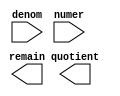
// megafunction wizard: %LPM_DIVIDE%VBB%
// GENERATION: STANDARD
// VERSION: WM1.0
// MODULE: LPM_DIVIDE 

// ============================================================
// Megafunction Name(s):
// 			LPM_DIVIDE
//
// Simulation Library Files(s):
// 			lpm
// ============================================================
// ************************************************************
// THIS IS A WIZARD-GENERATED FILE. DO NOT EDIT THIS FILE!
//
// 12.1 Build 177 11/07/2012 SJ Web Edition
// ************************************************************

//Copyright (C) 1991-2012 Altera Corporation
//Your use of Altera Corporation's design tools, logic functions 
//and other software and tools, and its AMPP partner logic 
//functions, and any output files from any of the foregoing 
//(including device programming or simulation files), and any 
//associated documentation or information are expressly subject 
//to the terms and conditions of the Altera Program License 
//Subscription Agreement, Altera MegaCore Function License 
//Agreement, or other applicable license agreement, including, 
//without limitation, that your use is for the sole purpose of 
//programming logic devices manufactured by Altera and sold by 
//Altera or its authorized distributors.  Please refer to the 
//applicable agreement for further details.

module div (
	denom,
	numer,
	quotient,
	remain);

	input	[15:0]  denom;
	input	[15:0]  numer;
	output	[15:0]  quotient;
	output	[15:0]  remain;

endmodule

// ============================================================
// CNX file retrieval info
// ============================================================
// Retrieval info: PRIVATE: INTENDED_DEVICE_FAMILY STRING "Cyclone II"
// Retrieval info: PRIVATE: PRIVATE_LPM_REMAINDERPOSITIVE STRING "TRUE"
// Retrieval info: PRIVATE: PRIVATE_MAXIMIZE_SPEED NUMERIC "-1"
// Retrieval info: PRIVATE: SYNTH_WRAPPER_GEN_POSTFIX STRING "0"
// Retrieval info: PRIVATE: USING_PIPELINE NUMERIC "0"
// Retrieval info: PRIVATE: VERSION_NUMBER NUMERIC "2"
// Retrieval info: PRIVATE: new_diagram STRING "1"
// Retrieval info: LIBRARY: lpm lpm.lpm_components.all
// Retrieval info: CONSTANT: LPM_DREPRESENTATION STRING "SIGNED"
// Retrieval info: CONSTANT: LPM_HINT STRING "LPM_REMAINDERPOSITIVE=TRUE"
// Retrieval info: CONSTANT: LPM_NREPRESENTATION STRING "SIGNED"
// Retrieval info: CONSTANT: LPM_TYPE STRING "LPM_DIVIDE"
// Retrieval info: CONSTANT: LPM_WIDTHD NUMERIC "16"
// Retrieval info: CONSTANT: LPM_WIDTHN NUMERIC "16"
// Retrieval info: USED_PORT: denom 0 0 16 0 INPUT NODEFVAL "denom[15..0]"
// Retrieval info: USED_PORT: numer 0 0 16 0 INPUT NODEFVAL "numer[15..0]"
// Retrieval info: USED_PORT: quotient 0 0 16 0 OUTPUT NODEFVAL "quotient[15..0]"
// Retrieval info: USED_PORT: remain 0 0 16 0 OUTPUT NODEFVAL "remain[15..0]"
// Retrieval info: CONNECT: @denom 0 0 16 0 denom 0 0 16 0
// Retrieval info: CONNECT: @numer 0 0 16 0 numer 0 0 16 0
// Retrieval info: CONNECT: quotient 0 0 16 0 @quotient 0 0 16 0
// Retrieval info: CONNECT: remain 0 0 16 0 @remain 0 0 16 0
// Retrieval info: GEN_FILE: TYPE_NORMAL div.v TRUE
// Retrieval info: GEN_FILE: TYPE_NORMAL div.inc FALSE
// Retrieval info: GEN_FILE: TYPE_NORMAL div.cmp FALSE
// Retrieval info: GEN_FILE: TYPE_NORMAL div.bsf FALSE
// Retrieval info: GEN_FILE: TYPE_NORMAL div_inst.v FALSE
// Retrieval info: GEN_FILE: TYPE_NORMAL div_bb.v TRUE
// Retrieval info: LIB_FILE: lpm